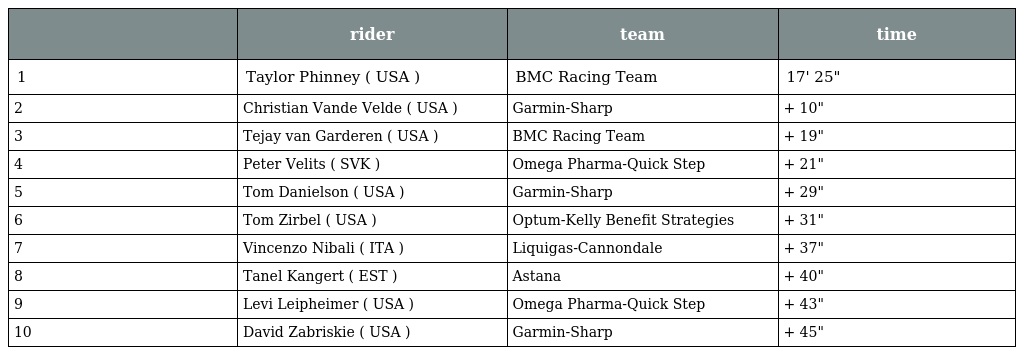
|  | rider | team | time |
 | --- | --- | --- | --- |
 | 1 | Taylor Phinney ( USA ) | BMC Racing Team | 17' 25" |
 | 2 | Christian Vande Velde ( USA ) | Garmin-Sharp | + 10" |
 | 3 | Tejay van Garderen ( USA ) | BMC Racing Team | + 19" |
 | 4 | Peter Velits ( SVK ) | Omega Pharma-Quick Step | + 21" |
 | 5 | Tom Danielson ( USA ) | Garmin-Sharp | + 29" |
 | 6 | Tom Zirbel ( USA ) | Optum-Kelly Benefit Strategies | + 31" |
 | 7 | Vincenzo Nibali ( ITA ) | Liquigas-Cannondale | + 37" |
 | 8 | Tanel Kangert ( EST ) | Astana | + 40" |
 | 9 | Levi Leipheimer ( USA ) | Omega Pharma-Quick Step | + 43" |
 | 10 | David Zabriskie ( USA ) | Garmin-Sharp | + 45" |